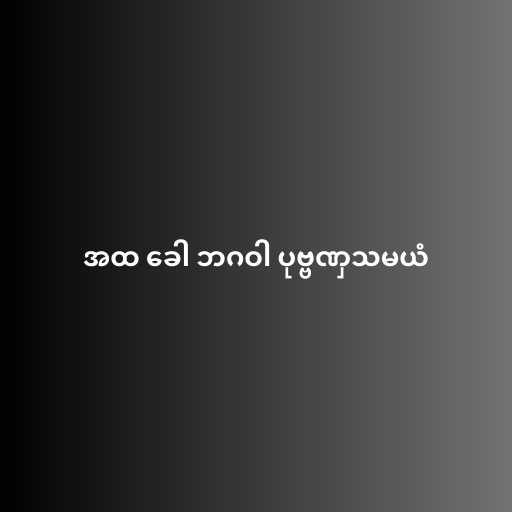
အထ ခေါ ဘဂဝါ ပုဗ္ဗဏှသမယံ